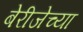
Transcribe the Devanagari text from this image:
बेरीजेच्या